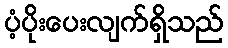
ပံ့ပိုးပေးလျက်ရှိသည်